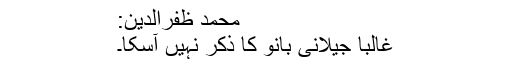
محمد ظفرالدین:
غالباً جیلانی بانو کا ذکر نہیں آسکا۔